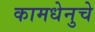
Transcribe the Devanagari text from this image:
कामधेनुचे